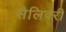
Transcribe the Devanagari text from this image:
सैलिवरी